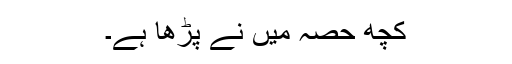
کچھ حصہ میں نے پڑھا ہے۔